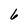
Character: 6